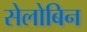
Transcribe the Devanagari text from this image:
सेलोबिन